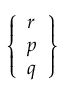
\left\{ { \begin{array} { l } { r } \\ { p } \\ { q } \end{array} } \right\}